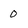
Character: 0